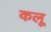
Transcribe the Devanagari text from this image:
कलू